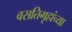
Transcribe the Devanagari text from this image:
वसतिगृहांच्या